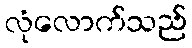
လုံလောက်သည်